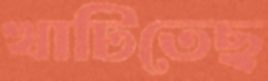
খাটিতেছ